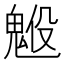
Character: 𩳇